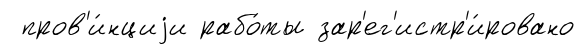
пров'и́нциjи рабо́ты зар'ег'истр'и́ровано